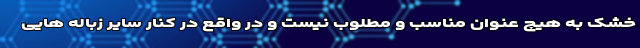
خشک به هیچ عنوان مناسب و مطلوب نیست و در واقع در کنار سایر زباله هایی